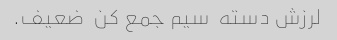
لرزش دسته  سیم جمع کن  ضعیف.